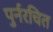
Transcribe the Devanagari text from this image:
पुर्नरचित